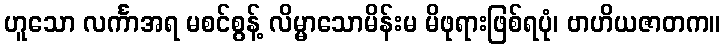
ဟူသော လင်္ကာအရ မစင်စွန့် လိမ္မာသောမိန်းမ မိဖုရားဖြစ်ရပုံ၊ ဗာဟိယဇာတက။